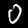
Digit: 0